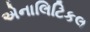
એનાલિટિકલ